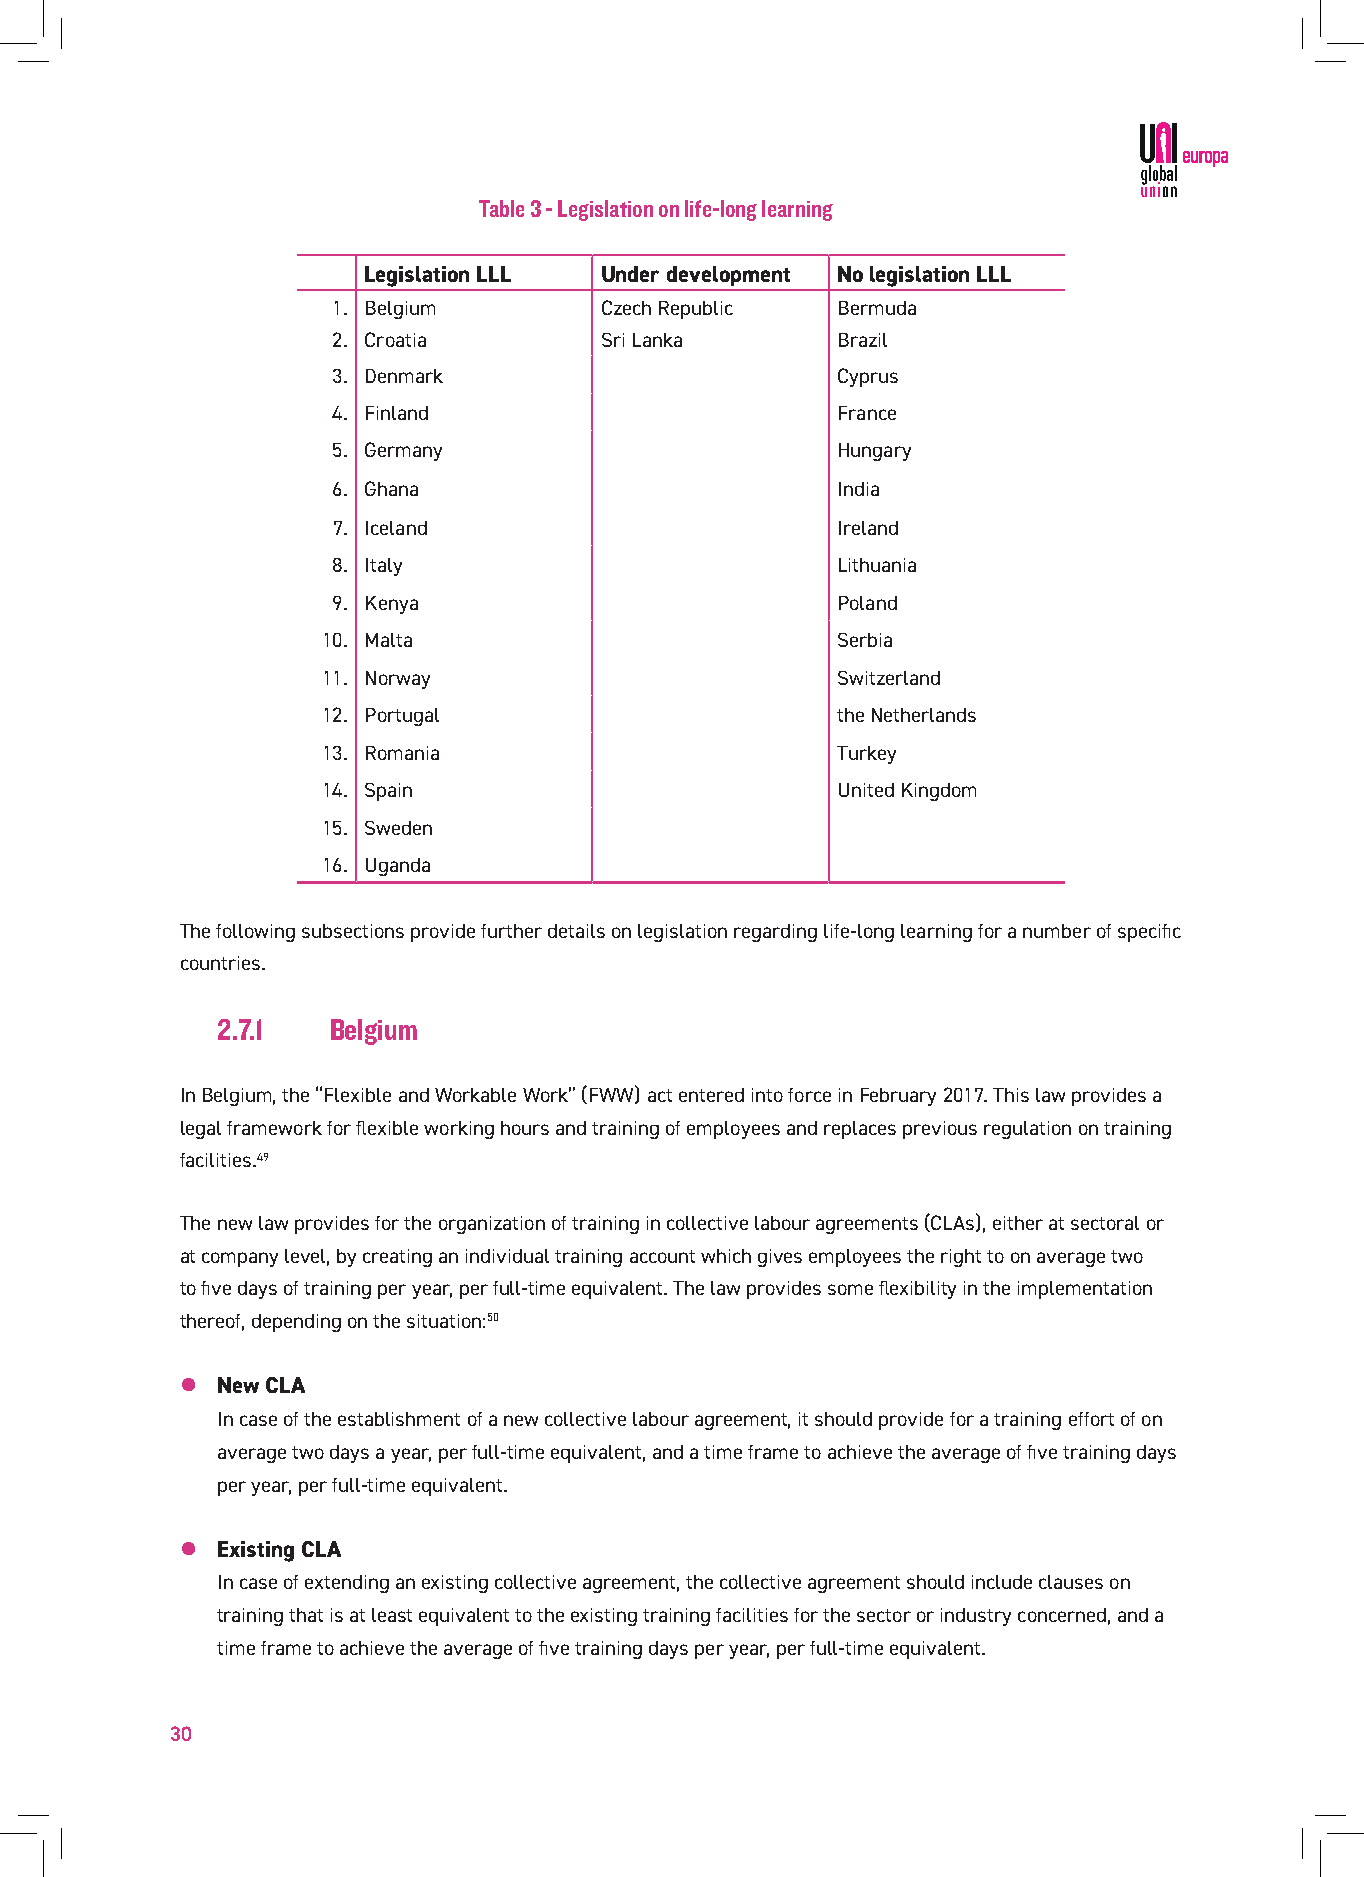
Table 3 - Legislation on life-long learning
 Legislation LLL Under development No legislation LLL
 1. Belgium        Czech Republic Bermuda
 2. Croatia        Sri Lanka      Brazil
 3. Denmark                       Cyprus
 4. Finland                       France
 5. Germany                       Hungary
 6. Ghana                         India
 7. Iceland                       Ireland
 8. Italy                         Lithuania
 9. Kenya                         Poland
 10. Malta                         Serbia
 11. Norway                        Switzerland
 12. Portugal                      the Netherlands
 13. Romania                       Turkey
 14. Spain                         United Kingdom
 15. Sweden
 16. Uganda
 The following subsections provide further details on legislation regarding life-long learning for a number of specific
 countries.
 2.7.1   Belgium
 In Belgium, the “Flexible and Workable Work” (FWW) act entered into force in February 2017. This law provides a
 legal framework for flexible working hours and training of employees and replaces previous regulation on training
 facilities.49
 The new law provides for the organization of training in collective labour agreements (CLAs), either at sectoral or
 at company level, by creating an individual training account which gives employees the right to on average two
 to five days of training per year, per full-time equivalent. The law provides some flexibility in the implementation
 thereof, depending on the situation:50
 z New CLA
 In case of the establishment of a new collective labour agreement, it should provide for a training effort of on
 average two days a year, per full-time equivalent, and a time frame to achieve the average of five training days
 per year, per full-time equivalent.
 z Existing CLA
 In case of extending an existing collective agreement, the collective agreement should include clauses on
 training that is at least equivalent to the existing training facilities for the sector or industry concerned, and a
 time frame to achieve the average of five training days per year, per full-time equivalent.
 30